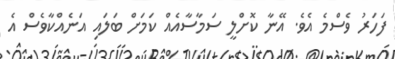
ފަހަރު ވެސްމެ އެވެ. އޭނާ ކޮށްލީ ސަމާސާއެއް ކަމަށް ބަލައި އަނެއްކާވެސް އެ